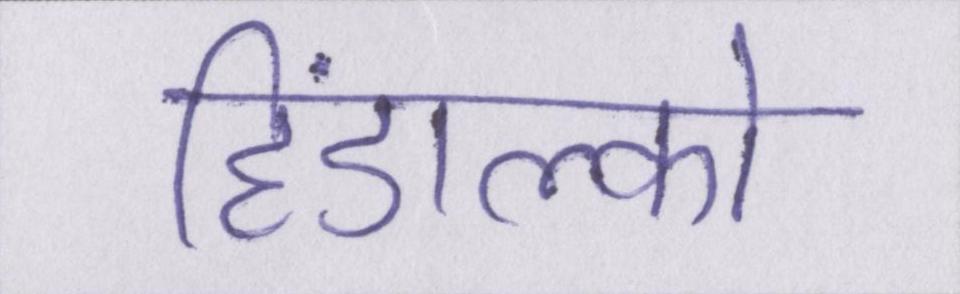
हिंडाल्को